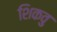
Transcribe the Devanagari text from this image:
शिकवु